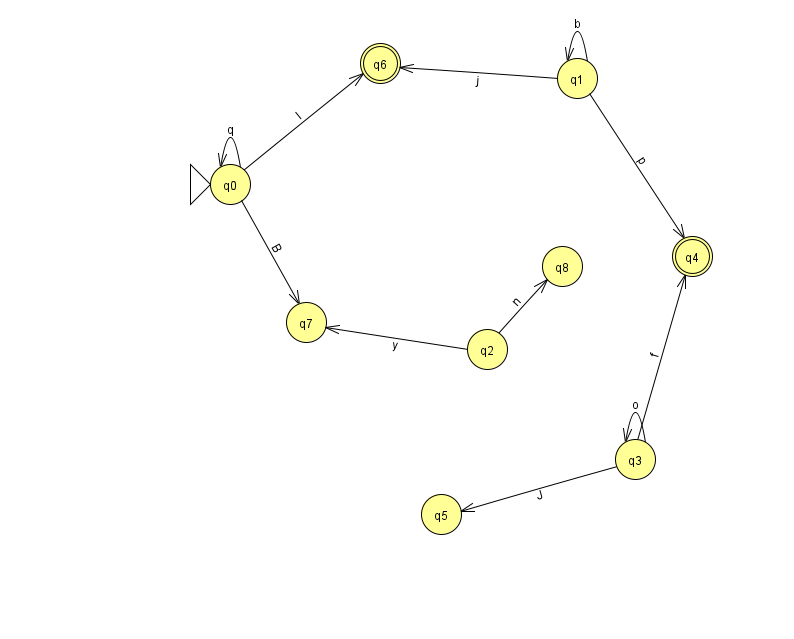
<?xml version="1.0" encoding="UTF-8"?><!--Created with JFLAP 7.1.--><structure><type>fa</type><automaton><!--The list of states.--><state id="0" name="q0"><x>230.0</x><y>171.0</y><initial/></state><state id="1" name="q1"><x>577.0</x><y>65.0</y></state><state id="2" name="q2"><x>487.0</x><y>336.0</y></state><state id="3" name="q3"><x>635.0</x><y>446.0</y></state><state id="4" name="q4"><x>692.0</x><y>243.0</y><final/></state><state id="5" name="q5"><x>441.0</x><y>501.0</y></state><state id="6" name="q6"><x>380.0</x><y>50.0</y><final/></state><state id="7" name="q7"><x>306.0</x><y>309.0</y></state><state id="8" name="q8"><x>562.0</x><y>253.0</y></state><!--The list of transitions.--><transition><from>0</from><to>0</to><read>q</read></transition><transition><from>1</from><to>1</to><read>b</read></transition><transition><from>2</from><to>8</to><read>n</read></transition><transition><from>0</from><to>7</to><read>B</read></transition><transition><from>2</from><to>7</to><read>y</read></transition><transition><from>3</from><to>5</to><read>J</read></transition><transition><from>1</from><to>6</to><read>j</read></transition><transition><from>1</from><to>4</to><read>p</read></transition><transition><from>3</from><to>4</to><read>f</read></transition><transition><from>0</from><to>6</to><read>I</read></transition><transition><from>3</from><to>3</to><read>o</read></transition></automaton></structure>